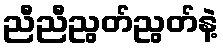
ညီညီညွတ်ညွတ်နဲ့